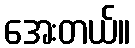
အေးတယ်။